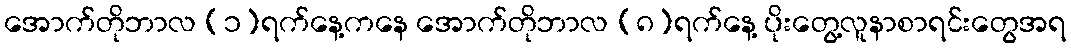
အောက်တိုဘာလ (၁)ရက်နေ့ကနေ အောက်တိုဘာလ (၈)ရက်နေ့ ပိုးတွေ့လူနာစာရင်းတွေအရ